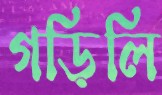
গড়িলি